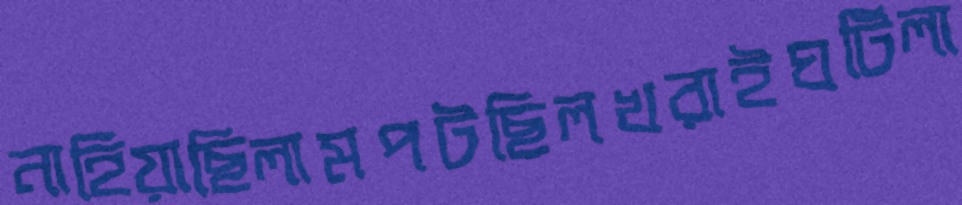
নাহিয়াছিলামপটছিলখরাইঘটিলা